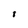
Character: I